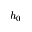
h _ { 0 }